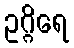
ဥဂ္ဂိရေ